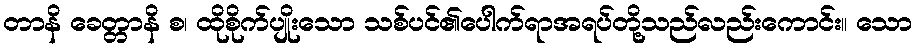
တာနိ ခေတ္တာနိ စ၊ ထိုစိုက်ပျိုးသော သစ်ပင်၏ပေါက်ရာအရပ်တို့သည်လည်းကောင်း။ သော